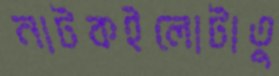
নাটকইলোটাতু